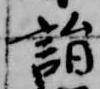
詣